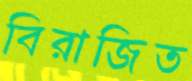
বিরাজিত